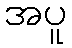
အပူ